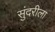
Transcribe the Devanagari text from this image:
सुंदरीला